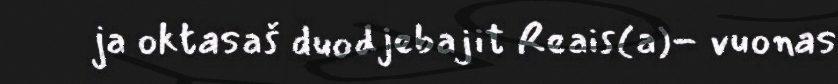
ja oktasaš duodjebajit Reais(a)- vuonas